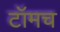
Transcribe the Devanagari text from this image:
टॉमच